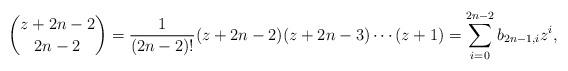
LaTeX: \begin{align*}\binom{z+2n-2}{2n-2}=\frac{1}{(2n-2)!}(z+2n-2)(z+2n-3)\cdots (z+1)=\sum_{i=0}^{2n-2}b_{2n-1,i}z^i,\end{align*}